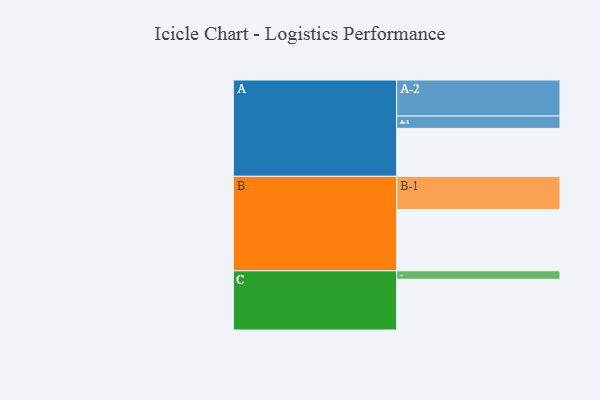
{"axis": {"x": "Segment", "y": "Value"}, "legend": ["", "A", "B", "C"], "data": [{"x": "A", "y": 367, "type": ""}, {"x": "B", "y": 469, "type": ""}, {"x": "C", "y": 388, "type": ""}, {"x": "A-1", "y": 94, "type": "A"}, {"x": "A-2", "y": 276, "type": "A"}, {"x": "B-1", "y": 254, "type": "B"}, {"x": "C-1", "y": 65, "type": "C"}]}